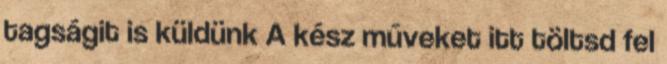
tagságit is küldünk A kész műveket itt töltsd fel